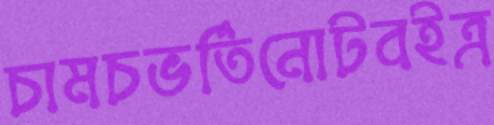
চামচভর্তিনোটবইত্র